Calcutta medical institutions reports 1892-1900
Year: 1892
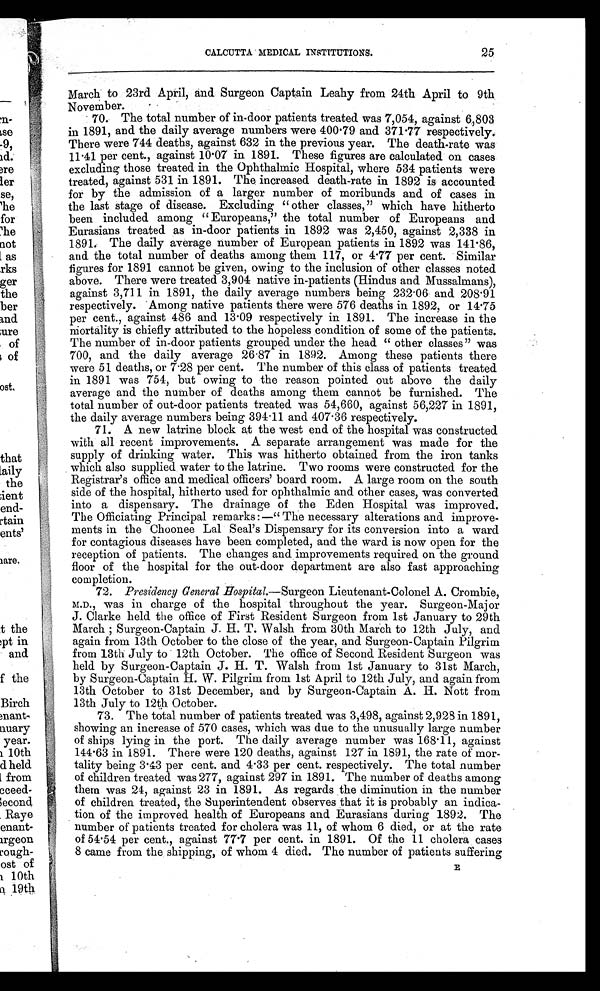
CALCUTTA MEDICAL INSTITUTIONS.
25
March to 23rd April, and Surgeon Captain Leahy from 24th April to 9th.
November.
70. The total number of in-door patients treated was 7,054, against 6,803
in 1891, and the daily average numbers were 400.79 and 371.77 respectively.
There were 744 deaths, against 632 in the previous year. The death-rate was
11.41 per cent., against 10.07 in 1891. These figures are calculated on cases
excluding those treated in the Ophthalmic Hospital, where 534 patients were
treated, against 531 in 1891. The increased death-rate in 1892 is accounted
for by the admission of a larger number of moribunds and of cases in
the last stage of disease. Excluding "other classes," which have hitherto
been included among "Europeans," the total number of Europeans and
Eurasians treated as in-door patients in 1892 was 2,450, against 2,338 in
1891. The daily average number of European patients in 1892 was 141.86,
and the total number of deaths among them 117, or 4.77 per cent. Similar
figures for 1891 cannot be given, owing to the inclusion of other classes noted
above. There were treated 3,904 native in-patients (Hindus and Mussalmans),
against 3,711 in 1891, the daily average numbers being 232.06 and 208.91
respectively. Among native patients there were 576 deaths in 1892, or 14.75
per cent., against 486 and 13.09 respectively in 1891. The increase in the
mortality is chiefly attributed to the hopeless condition of some of the patients.
The number of in-door patients grouped under the head "other classes" was
700, and the daily average 26.87 in 1892. Among these patients there
were 51 deaths, or 7.28 per cent. The number of this class of patients treated
in 1891 was 754, but owing to the reason pointed out above the daily
average and the number of deaths among them cannot be furnished. The
total number of out-door patients treated was 54,660, against 56,227 in 1891,
the daily average numbers being 394.11 and 407.36 respectively.
71. A new latrine block at the west end of the hospital was constructed
with all recent improvements. A separate arrangement was made for the
supply of drinking water. This was hitherto obtained from the iron tanks
which also supplied water to the latrine. Two rooms were constructed for the
Registrar's office and medical officers' board room. A large room on the south
side of the hospital, hitherto used for ophthalmic and other cases, was converted
into a dispensary. The drainage of the Eden Hospital was improved.
The Officiating Principal remarks:—" The necessary alterations and improve-
ments in the Choonee Lal Seal's Dispensary for its conversion into a ward
for contagious diseases have been completed, and the ward is now open for the
reception of patients. The changes and improvements required on the ground
floor of the hospital for the out-door department are also fast approaching
: completion.
72. Presidency General Hospital.—Surgeon Lieutenant-Colonel A. Crombie,
M.D., was in charge of the hospital throughout the year. Surgeon-Major
J. Clarke held the office of First Resident Surgeon from 1st January to 29th
March; Surgeon-Captain J. H. T. Walsh from 30th March to 12th July, and
I again from 13th October to the close of the year, and Surgeon-Captain Pilgrim
from 13th July to 12th October. The office of Second Resident Surgeon was
held by Surgeon-Captain J. H. T. Walsh from 1st January to 31st March,
by Surgeon-Captain H. W. Pilgrim from 1st April to 12th July, and again from
13th October to 31st December, and by Surgeon-Captain A. H. Nott from
13th July to 12th October.
73. The total number of patients treated was 3,498, against 2,928 in 1891,
showing an increase of 570 cases, which was due to the unusually large number
of ships lying in the port. The daily average number was 168.11, against
144.63 in 1891. There were 120 deaths, against 127 in 1891, the rate of mor-
tality being 3.43 per cent. and 4.33 per cent. respectively. The total number
of children treated was 277, against 297 in 1891. The number of deaths among
them was 24, against 23 in 1891. As regards the diminution in the number
of children treated, the Superintendent observes that it is probably an indica-
tion of the improved health of Europeans and Eurasians during 1892. The
number of patients treated for cholera was 11, of whom 6 died, or at the rate
of 54.54 per cent., against 77.7 per cent. in 1891. Of the 11 cholera cases
8 came from the shipping, of whom 4 died. The number of patients suffering